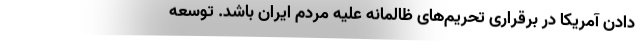
دادن آمریکا در برقراری تحریم‌های ظالمانه علیه مردم ایران باشد. توسعه